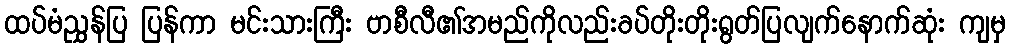
ထပ်မံညွှန်ပြ ပြန်ကာ မင်းသားကြီး ဗာစီလီ၏အမည်ကိုလည်းခပ်တိုးတိုးရွတ်ပြလျက်နောက်ဆုံး ကျမှ